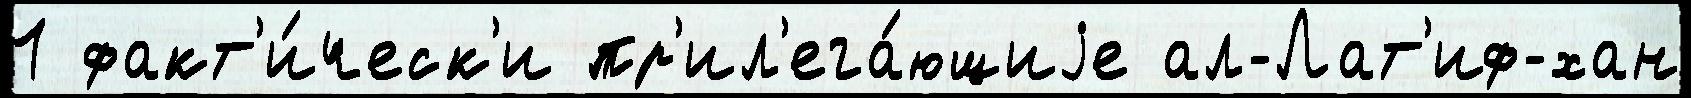
1 факт'и́ческ'и пр'ил'ега́ющиjе ал-Лат'иф-хан